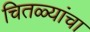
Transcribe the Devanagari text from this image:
चितळ्यांचा